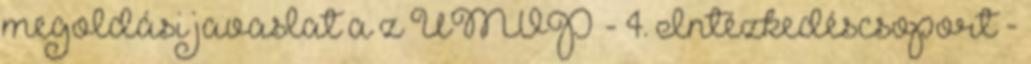
megoldási javaslat a z ÚMVP - 4. Intézkedéscsoport -